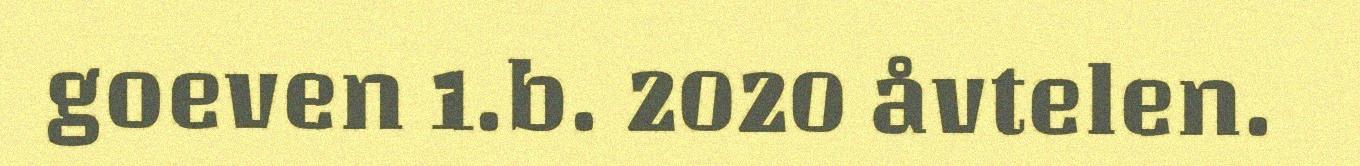
goeven 1.b. 2020 åvtelen.